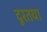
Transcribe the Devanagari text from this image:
दूरतया